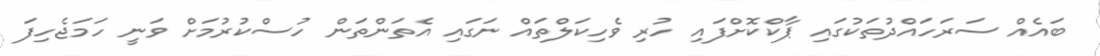
ބައެއް ސަރަހައްދުތަކުގައި ޕާކްކޮށްފައި ހުރި ވެހިކަލްތައް ނަގައި އެތަންތަން ހުސްކުރުމަށް ވަނީ ހަމަޖެހިފަ